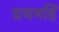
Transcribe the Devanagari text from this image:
प्रथमहिं